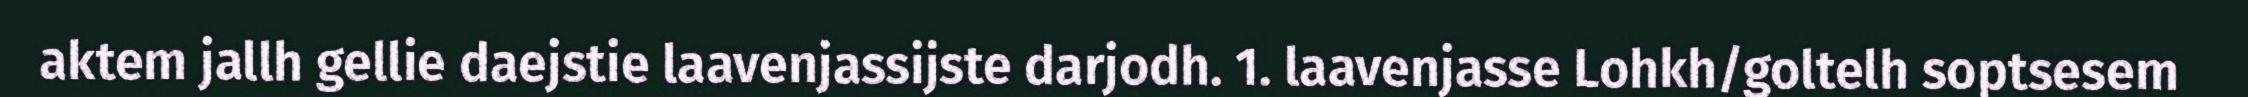
aktem jallh gellie daejstie laavenjassijste darjodh. 1. laavenjasse Lohkh/goltelh soptsesem